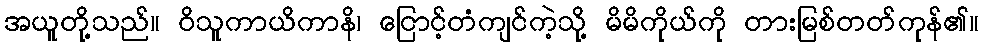
အယူတို့သည်။ ဝိသူကာယိကာနိ၊ ငြောင့်တံကျင်ကဲ့သို့ မိမိကိုယ်ကို တားမြစ်တတ်ကုန်၏။